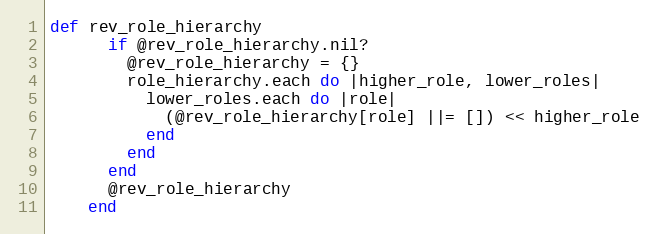
Language: Ruby
def rev_role_hierarchy
      if @rev_role_hierarchy.nil?
        @rev_role_hierarchy = {}
        role_hierarchy.each do |higher_role, lower_roles|
          lower_roles.each do |role|
            (@rev_role_hierarchy[role] ||= []) << higher_role
          end
        end
      end
      @rev_role_hierarchy
    end